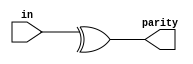
//Reduction operators generate a one-bit output. It does AND, OR, XOR, NAND, NOR & XNOR operations
//Parity check is used in detecting errors when trasnsmitting data through an imperfect channel
//It is just an XOR operation among the bits of a Vector

module parity(
  input [7:0]in,
  output parity);
  
assign parity = ^in;

endmodule